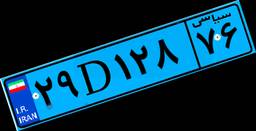
۱۳D۵۰۱۷۷